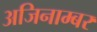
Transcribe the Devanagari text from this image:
अजिनाम्बर